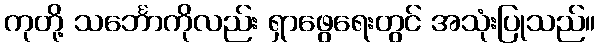
ကုတို့ သင်္ဘောကိုလည်း ရှာဖွေရေးတွင် အသုံးပြုသည်။